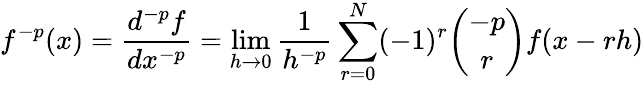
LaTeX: f^{-p}(x)={\frac{d^{-p}f}{dx^{-p}}}=\operatorname*{lim}_{h\rightarrow 0}{\frac{1}{h^{-p}}}\sum_{r=0}^{N}(-1)^{r}\binom{-p}{r}f(x-rh)